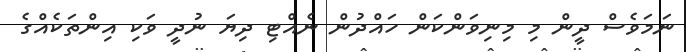
ނަމަވެސް ދީން މި މިނިވަންކަން ހައްދުން ނެއްޓި ދިޔަ ނުދީ ވަކި އިންތަކެއްގެ